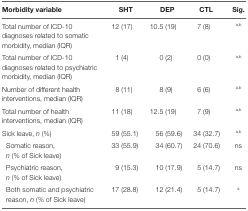
<table><thead><tr><td><b>Morbidity variable</b></td><td><b>SHT</b></td><td><b>DEP</b></td><td><b>CTL</b></td><td><b>Sig.</b></td></tr></thead><tbody><tr><td>Total number of ICD-10 diagnoses related to somatic morbidity, median (IQR)</td><td>12 (17)</td><td>10.5 (19)</td><td>7 (8)</td><td><sup>a,b</sup></td></tr><tr><td>Total number of ICD-10 diagnoses related to psychiatric morbidity, median (IQR)</td><td>1 (4)</td><td>0 (2)</td><td>0 (0)</td><td><sup>a,b</sup></td></tr><tr><td>Number of different health interventions, median (IQR)</td><td>8 (11)</td><td>8 (9)</td><td>6 (6)</td><td><sup>a,b</sup></td></tr><tr><td>Total number of health interventions, median (IQR)</td><td>11 (18)</td><td>12.5 (19)</td><td>7 (9)</td><td><sup>a,b</sup></td></tr><tr><td>Sick leave, <i>n</i> (%)</td><td>59 (55.1)</td><td>56 (59.6)</td><td>34 (32.7)</td><td><sup>a,b</sup></td></tr><tr><td>Somatic reason, <i>n</i> (% of Sick leave)</td><td>33 (55.9)</td><td>34 (60.7)</td><td>24 (70.6)</td><td>ns</td></tr><tr><td>Psychiatric reason, <i>n</i> (% of Sick leave)</td><td>9 (15.3)</td><td>10 (17.9)</td><td>5 (14.7)</td><td>ns</td></tr><tr><td>Both somatic and psychiatric reason, <i>n</i> (% of Sick leave)</td><td>17 (28.8)</td><td>12 (21.4)</td><td>5 (14.7)</td><td><sup>a</sup></td></tr></tbody></table>